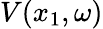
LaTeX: V(x_{1},\omega)